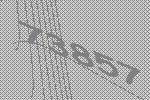
73857